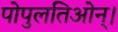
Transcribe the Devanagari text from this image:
पोपुलतिओन्।